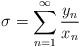
LaTeX: \begin{align*}\sigma=\sum_{n=1}^{\infty}\frac{y_{n}}{x_{n}} \end{align*}